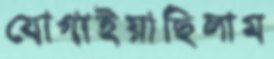
যোগাইয়াছিলাম